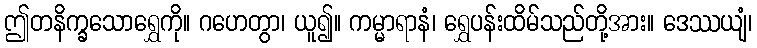
ဤတနိက္ခသောရွှေကို။ ဂဟေတွာ၊ ယူ၍။ ကမ္မာရာနံ၊ ရွှေပန်းထိမ်သည်တို့အား။ ဒေဿယျံ၊